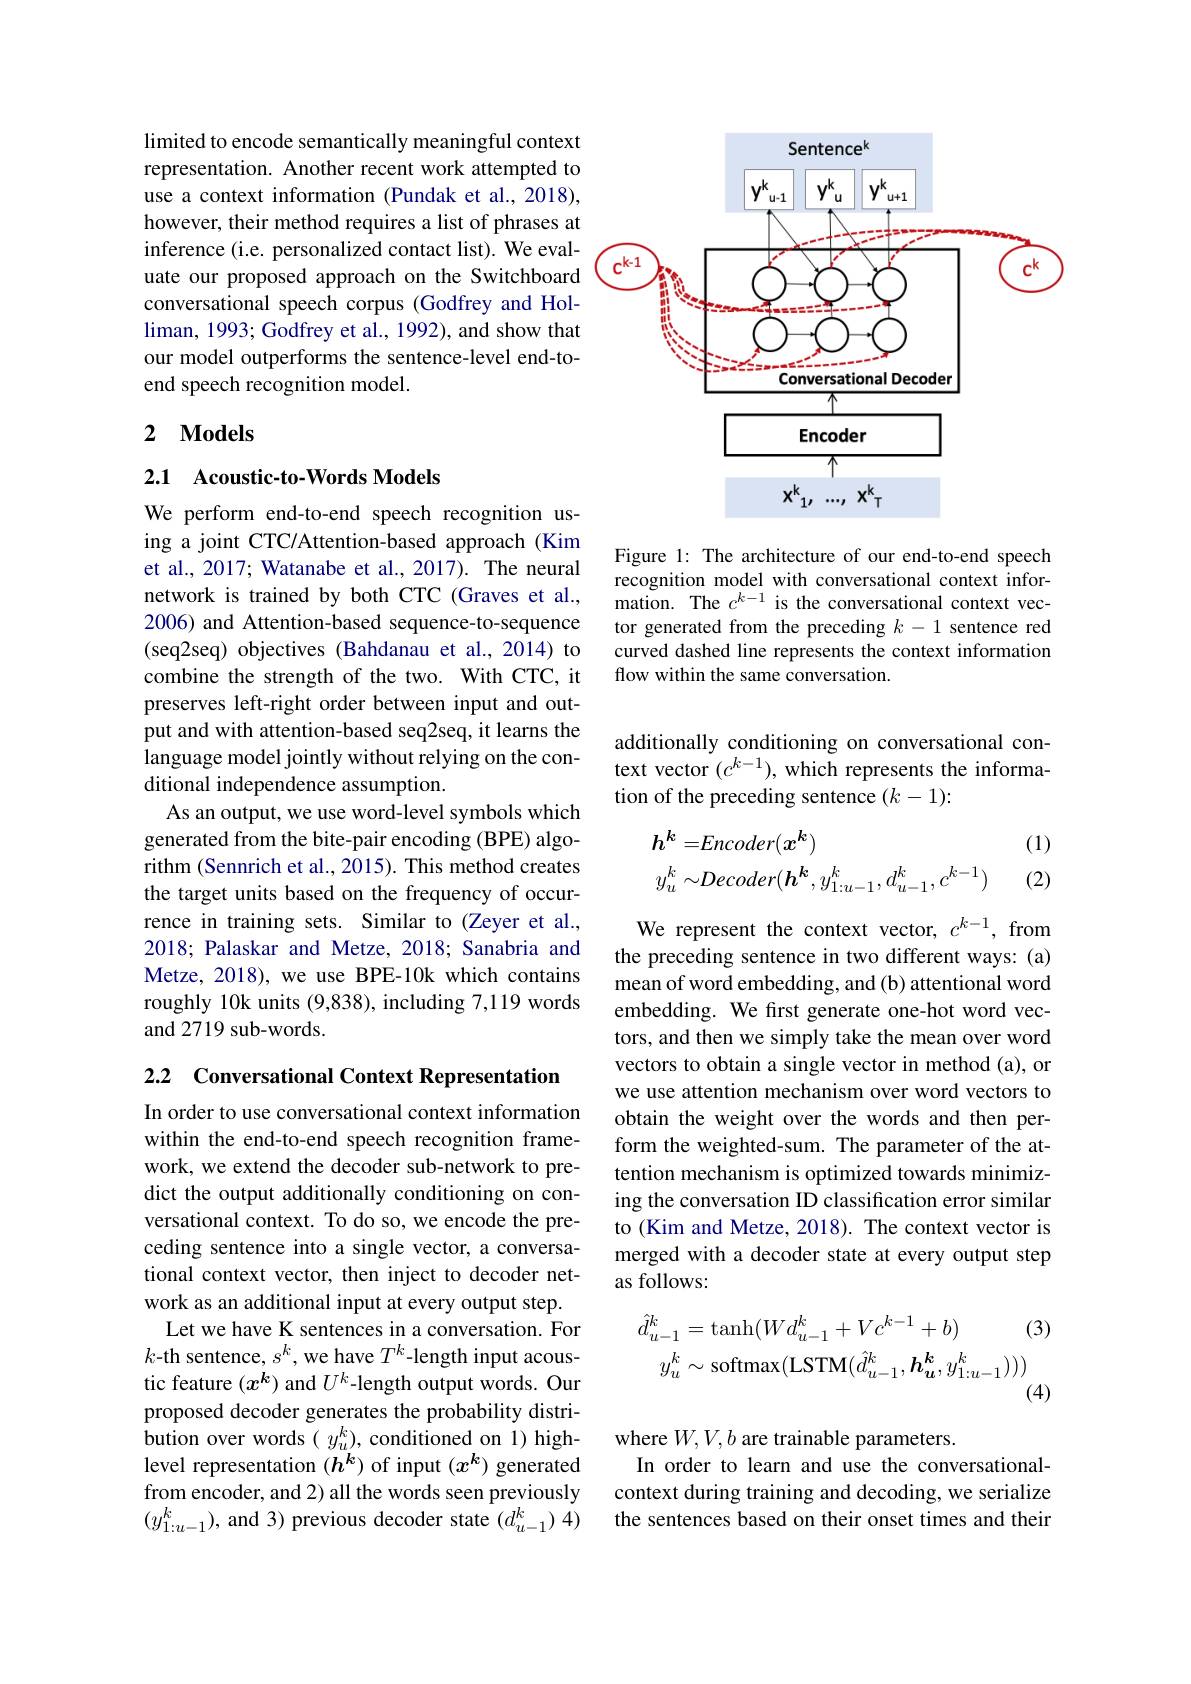
limited to encode semantically meaningful context representation. Another recent work attempted to use a context information (Pundak et al., 2018), however, their method requires a list of phrases at inference (i.e. personalized contact list). We evaluate our proposed approach on the Switchboard conversational speech corpus (Godfrey and Holliman, 1993; Godfrey et al. , 1992) , and show that our model outperforms the sentence-level end-toend speech recognition model.

## 2 $\mathbf{Models}$

### 2.1 Acoustic-to-Words Models

We perform end-to-end speech recognition using a joint CTC/Attention-based approach (Kim et al., 2017; Watanabe et al., 2017). The neural network is trained by both CTC (Graves et al., 2006) and Attention-based sequence-to-sequence (seq2seq) objectives (Bahdanau et al.,2014) to combine the strength of the two. With CTC, it preserves left-right order between input and output and with attention-based seq2seq, it learns the language model jointly without relying on the conditional independence assumption.
As an output, we use word-level symbols which generated from the bite-pair encoding (BPE) algorithm (Sennrich et al., 2015). This method creates the target units based on the frequency of occurrence in training sets. Similar to (Zeyer et al., 2018; Palaskar and Metze, 2018; Sanabria and Metze, 2018), we use BPE-10k which contains roughly 10k units (9,838), including 7,119 words and 2719 sub-words.

2.2 Conversational Context Representation

In order to use conversational context information within the end-to-end speech recognition framework, we extend the decoder sub-network to predict the output additionally conditioning on conversational context. To do so, we encode the preceding sentence into a single vector, a conversational context vector, then inject to decoder network as an additional input at every output step.
Let we have K sentences in a conversation. For $k$-th sentence, $s^k$,we have $T^k$-length input acoustic feature $(x^k)$ and $U^k$-length output words. Our proposed decoder generates the probability distribution over words $(y_{u}^{k})$, conditioned on 1) highlevel representation $(h^k)$ of input $(x^k)$ generated from encoder, and 2) all the words seen previously $(y_{1:u-1}^{k})$, and 3) previous decoder state $(d_u-1^{k})$ 4)

<FigureHere>

Figure 1: The architecture of our end-to-end speech recognition model with conversational context information. The $c^k-1$ is the conversational context vector generated from the preceding $k-1$ sentence red curved dashed line represents the context information flow within the same conversation.

additionally conditioning on conversational context vector $(c^k-1)$,which represents the information of the preceding sentence $(k-1):$

(1)
$$\begin{aligned}&h^{k}=Encoder(x^{k})\\&y_{u}^{k}\sim Decoder(h^{k},y_{1:u-1}^{k},d_{u-1}^{k},c^{k-1})\end{aligned}$$
(2)

We represent the context vector, $c^{k-1}$, from the preceding sentence in two different ways: (a) mean of word embedding, and (b) attentional word embedding. We first generate one-hot word vectors, and then we simply take the mean over word vectors to obtain a single vector in method (a), or we use attention mechanism over word vectors to obtain the weight over the words and then perform the weighted-sum. The parameter of the attention mechanism is optimized towards minimizing the conversation ID classification error similar to (Kim and Metze, 2018). The context vector is merged with a decoder state at every output step as follows:
$$\begin{aligned}\hat{d}_{u-1}^{k}&=\mathrm{tanh}(Wd_{u-1}^{k}+Vc^{k-1}+b)\quad(3\\y_{u}^{k}&\sim\mathrm{softmax}(\mathrm{LSTM}(\hat{d}_{u-1}^{k},\boldsymbol{h}_{\boldsymbol{u}}^{\boldsymbol{k}},y_{1:u-1}^{k})))\end{aligned}$$
where $W,V,b$ are trainable parameters.
In order to learn and use the conversationalcontext during training and decoding, we serialize the sentences based on their onset times and their